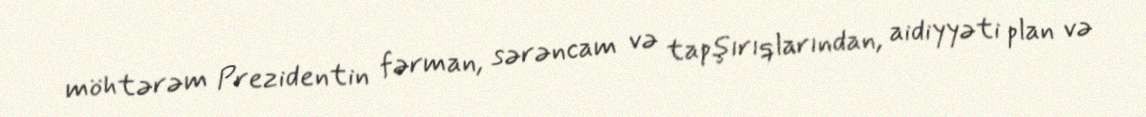
möhtərəm Prezidentin fərman, sərəncam və tapşırıqlarından, aidiyyəti plan və